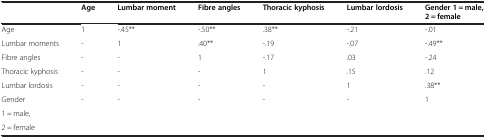
<table><thead><tr><td><b> </b></td><td><b>Age</b></td><td><b>Lumbar moment</b></td><td><b>Fibre angles</b></td><td><b>Thoracic kyphosis</b></td><td><b>Lumbar lordosis</b></td><td><b>Gender 1 = male, 2 = female</b></td></tr></thead><tbody><tr><td>Age</td><td>1</td><td>-.45**</td><td>-.50**</td><td>.38**</td><td>-.21</td><td>-.01</td></tr><tr><td>Lumbar moments</td><td>-</td><td>1</td><td>.40**</td><td>-.19</td><td>-.07</td><td>-.49**</td></tr><tr><td>Fibre angles</td><td>-</td><td>-</td><td>1</td><td>-.17</td><td>.03</td><td>-.24</td></tr><tr><td>Thoracic kyphosis</td><td>-</td><td>-</td><td>-</td><td>1</td><td>.15</td><td>.12</td></tr><tr><td>Lumbar lordosis</td><td>-</td><td>-</td><td>-</td><td>-</td><td>1</td><td>.38**</td></tr><tr><td>Gender</td><td>-</td><td>-</td><td>-</td><td>-</td><td>-</td><td>1</td></tr><tr><td>1 = male,</td><td> </td><td> </td><td> </td><td> </td><td> </td><td> </td></tr><tr><td>2 = female</td><td> </td><td> </td><td> </td><td> </td><td> </td><td> </td></tr></tbody></table>